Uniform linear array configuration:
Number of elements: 4
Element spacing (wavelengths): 0.25
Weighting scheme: hamming
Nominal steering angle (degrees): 15
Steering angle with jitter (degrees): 15.845
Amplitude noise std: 0.05
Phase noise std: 0.05

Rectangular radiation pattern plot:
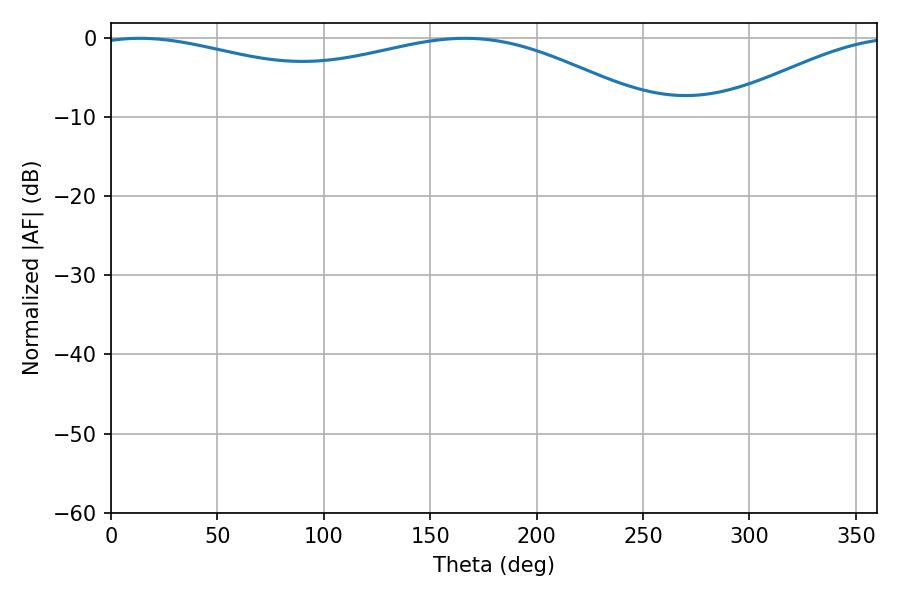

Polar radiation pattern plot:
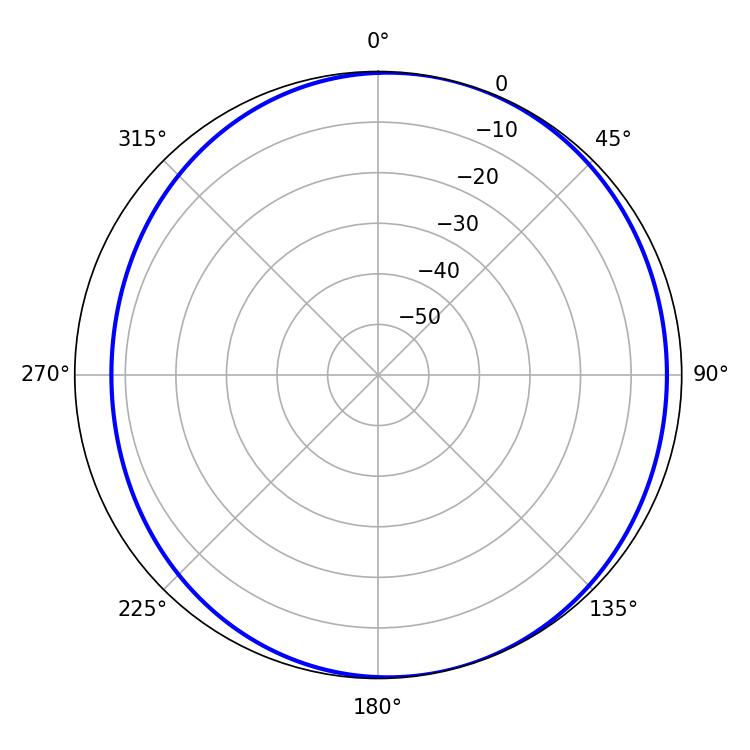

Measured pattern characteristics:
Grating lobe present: FALSE
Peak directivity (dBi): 4.592
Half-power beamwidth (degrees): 214.2
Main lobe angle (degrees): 13.5